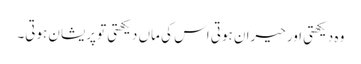
وہ دیکھتی اور حیران ہوتی اس کی ماں دیکھتی تو پریشان ہوتی۔